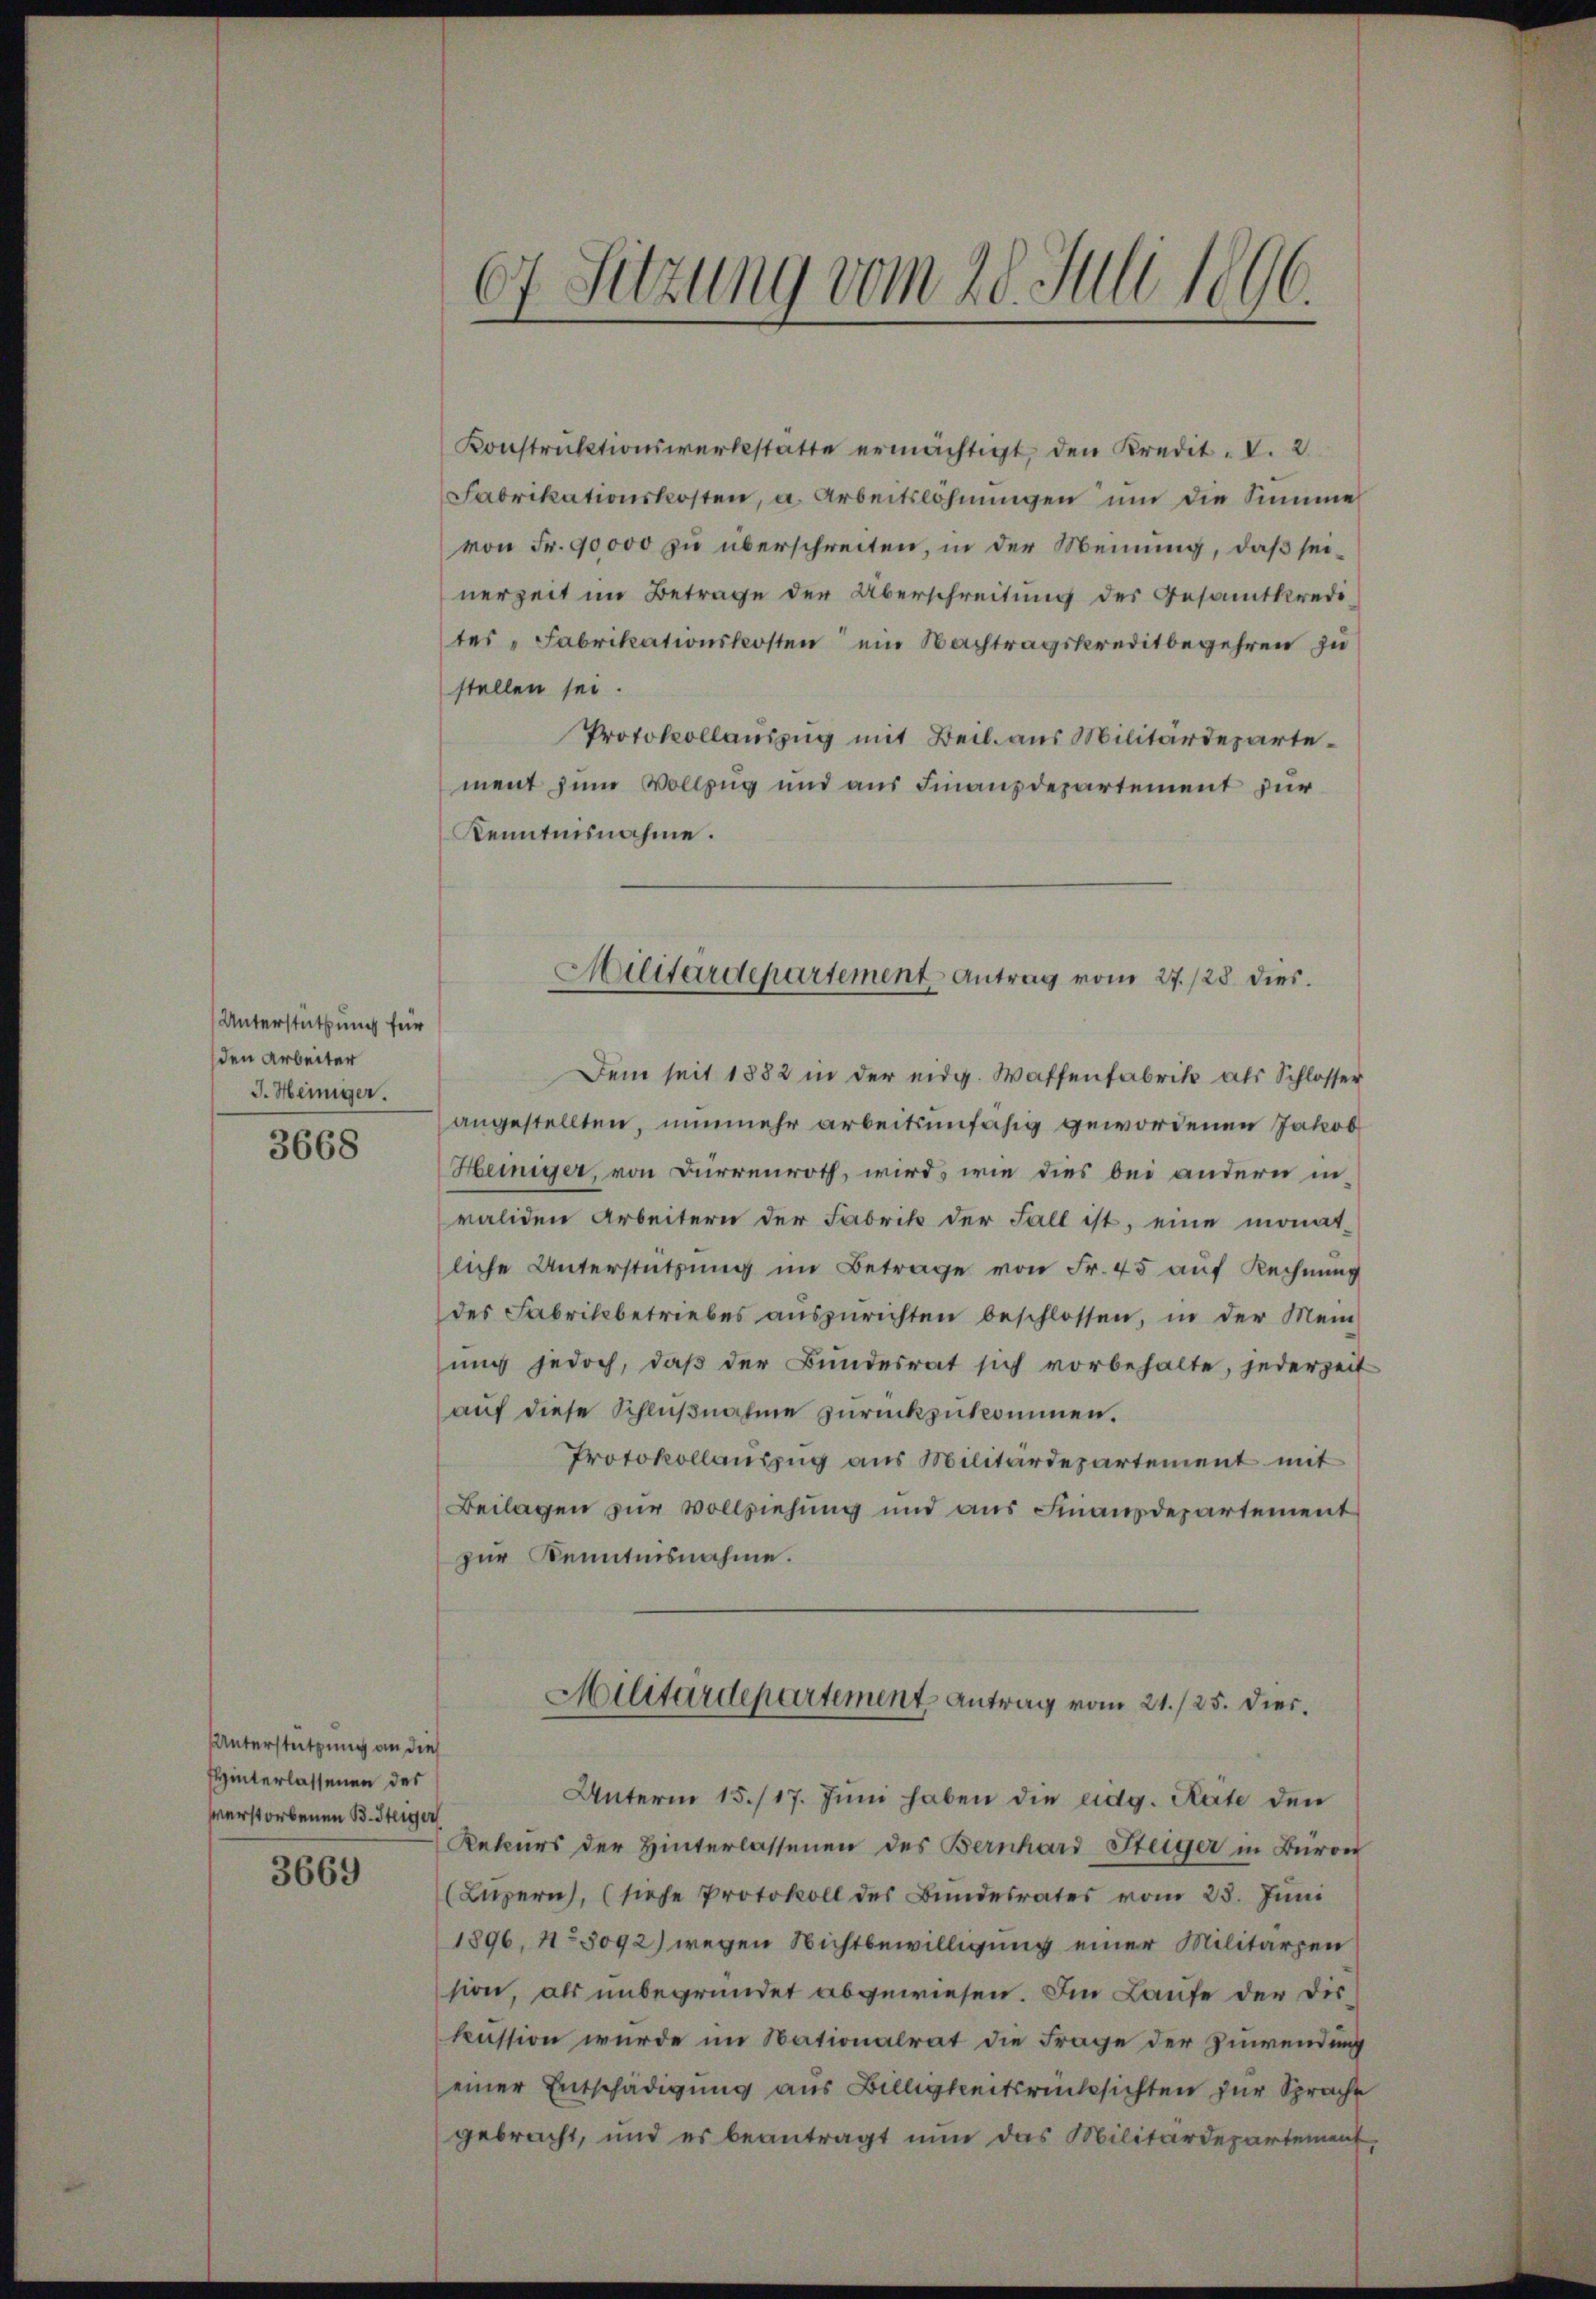
Unterstützung für
den Arbeiter
J. Heiniger.

3668

Unterstützung an dies
HHinterlassenen des
verstorbenen B. Steiger

3669

67 Sitzung vom 28. Juli 1896.

Konstruktionswerkstatte ermächtigt, den Kredit. d. 2
Fabrikationskosten, a. Arbeitslöhnungen um die Summe
von Fr. 90000 zu überschreiten, in der Meinung, daß seinerzeit im Betrage der Überschreitung des Gesamtkredi-
tes "Fabrikationskosten ein Nachtragskreditbegehren zu
stellen sei.
Protokollauszug mit Beil. aus Militärdepartement zum Vollzug und aus Finanzdepartement für
Kenntnisnahme.
Dem seit 1882 in der eidg. Waffenfabrik als Schlosser
angestellten, nunmehr arbeitsunfähig gewordenen Jakob
Heiniger, von Dürrenroth, wird, wie dies bei andern invaliden Arbeitern der Fabrik der Fall ist, eine monat-
liche Unterstützŭng im Betrage von Fr. 45 auf Rechnung
des Fabrikbetriebes aŭszŭrichten beschlossen, in der Mein
ung jedoch, daß der Bundesrat sich vorbehalte, jederzeit
auf diese Schlußnahme zurückzukommen.
Protokollauszug aus Militärdepartement mit
Beilagen zur Vollziehung und aus Finanzdepartement
zur Kenntnisnahme.
Militärdepartement Antrag vom 21./25. Dier.
Unterm 15./17. Jŭni haben die eidg. Räte den
Rekurs der Hinterlassenen des Bernhard Steiger in Baron
(Luzern, (siehe Protokoll des Bŭndesrates vom 25. Jŭni
1896, No 3092) wegen Nichtbewilligung einer Militärzen
sion, als unbegründet abgewiesen. Im Laufe der Diskussion wurde im Nationalrat die Frage der Zuwendung
einer Entschädigung aus Billigkeitsrücksichten zur Sprache
gebracht, und es beantragt nun das Militärdepartement,

Militärdepartement Antrag vom 27./28 dies